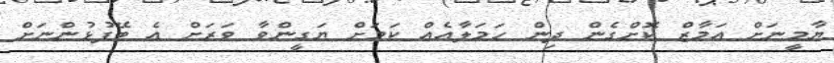
ޔާމީނަށް އަމާޒް ކޮށްގެން ދިން ހަމަލާއެއް ކަމަށް ޔަގީންވާ ވަރަށް އެ ބޭފުޅުންނަށް